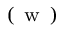
^ { ( \mathrm { ~ w ~ } ) }